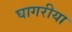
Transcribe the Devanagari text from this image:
घागरीया